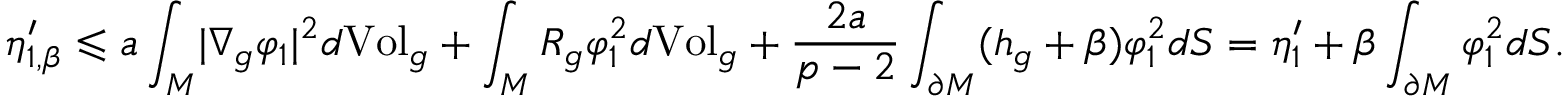
\eta _ { 1 , \beta } ^ { \prime } \leqslant a \int _ { M } \lvert \nabla _ { g } \varphi _ { 1 } \rvert ^ { 2 } d \mathrm { V o l } _ { g } + \int _ { M } R _ { g } \varphi _ { 1 } ^ { 2 } d \mathrm { V o l } _ { g } + \frac { 2 a } { p - 2 } \int _ { \partial M } ( h _ { g } + \beta ) \varphi _ { 1 } ^ { 2 } d S = \eta _ { 1 } ^ { \prime } + \beta \int _ { \partial M } \varphi _ { 1 } ^ { 2 } d S .